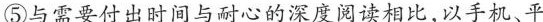
⑤与需要付出时间与耐心的深度阅读相比，以手机、平